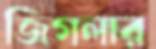
জিগলার